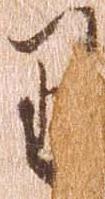
り